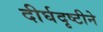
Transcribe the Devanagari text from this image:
दीर्घदृष्टीने